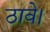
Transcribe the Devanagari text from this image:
ठावे।